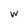
Character: W